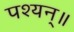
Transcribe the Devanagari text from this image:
पश्यन्॥